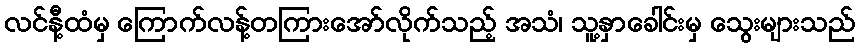
လင်နီ့ထံမှ ကြောက်လန့်တကြားအော်လိုက်သည့် အသံ၊ သူ့နှာခေါင်းမှ သွေးများသည်